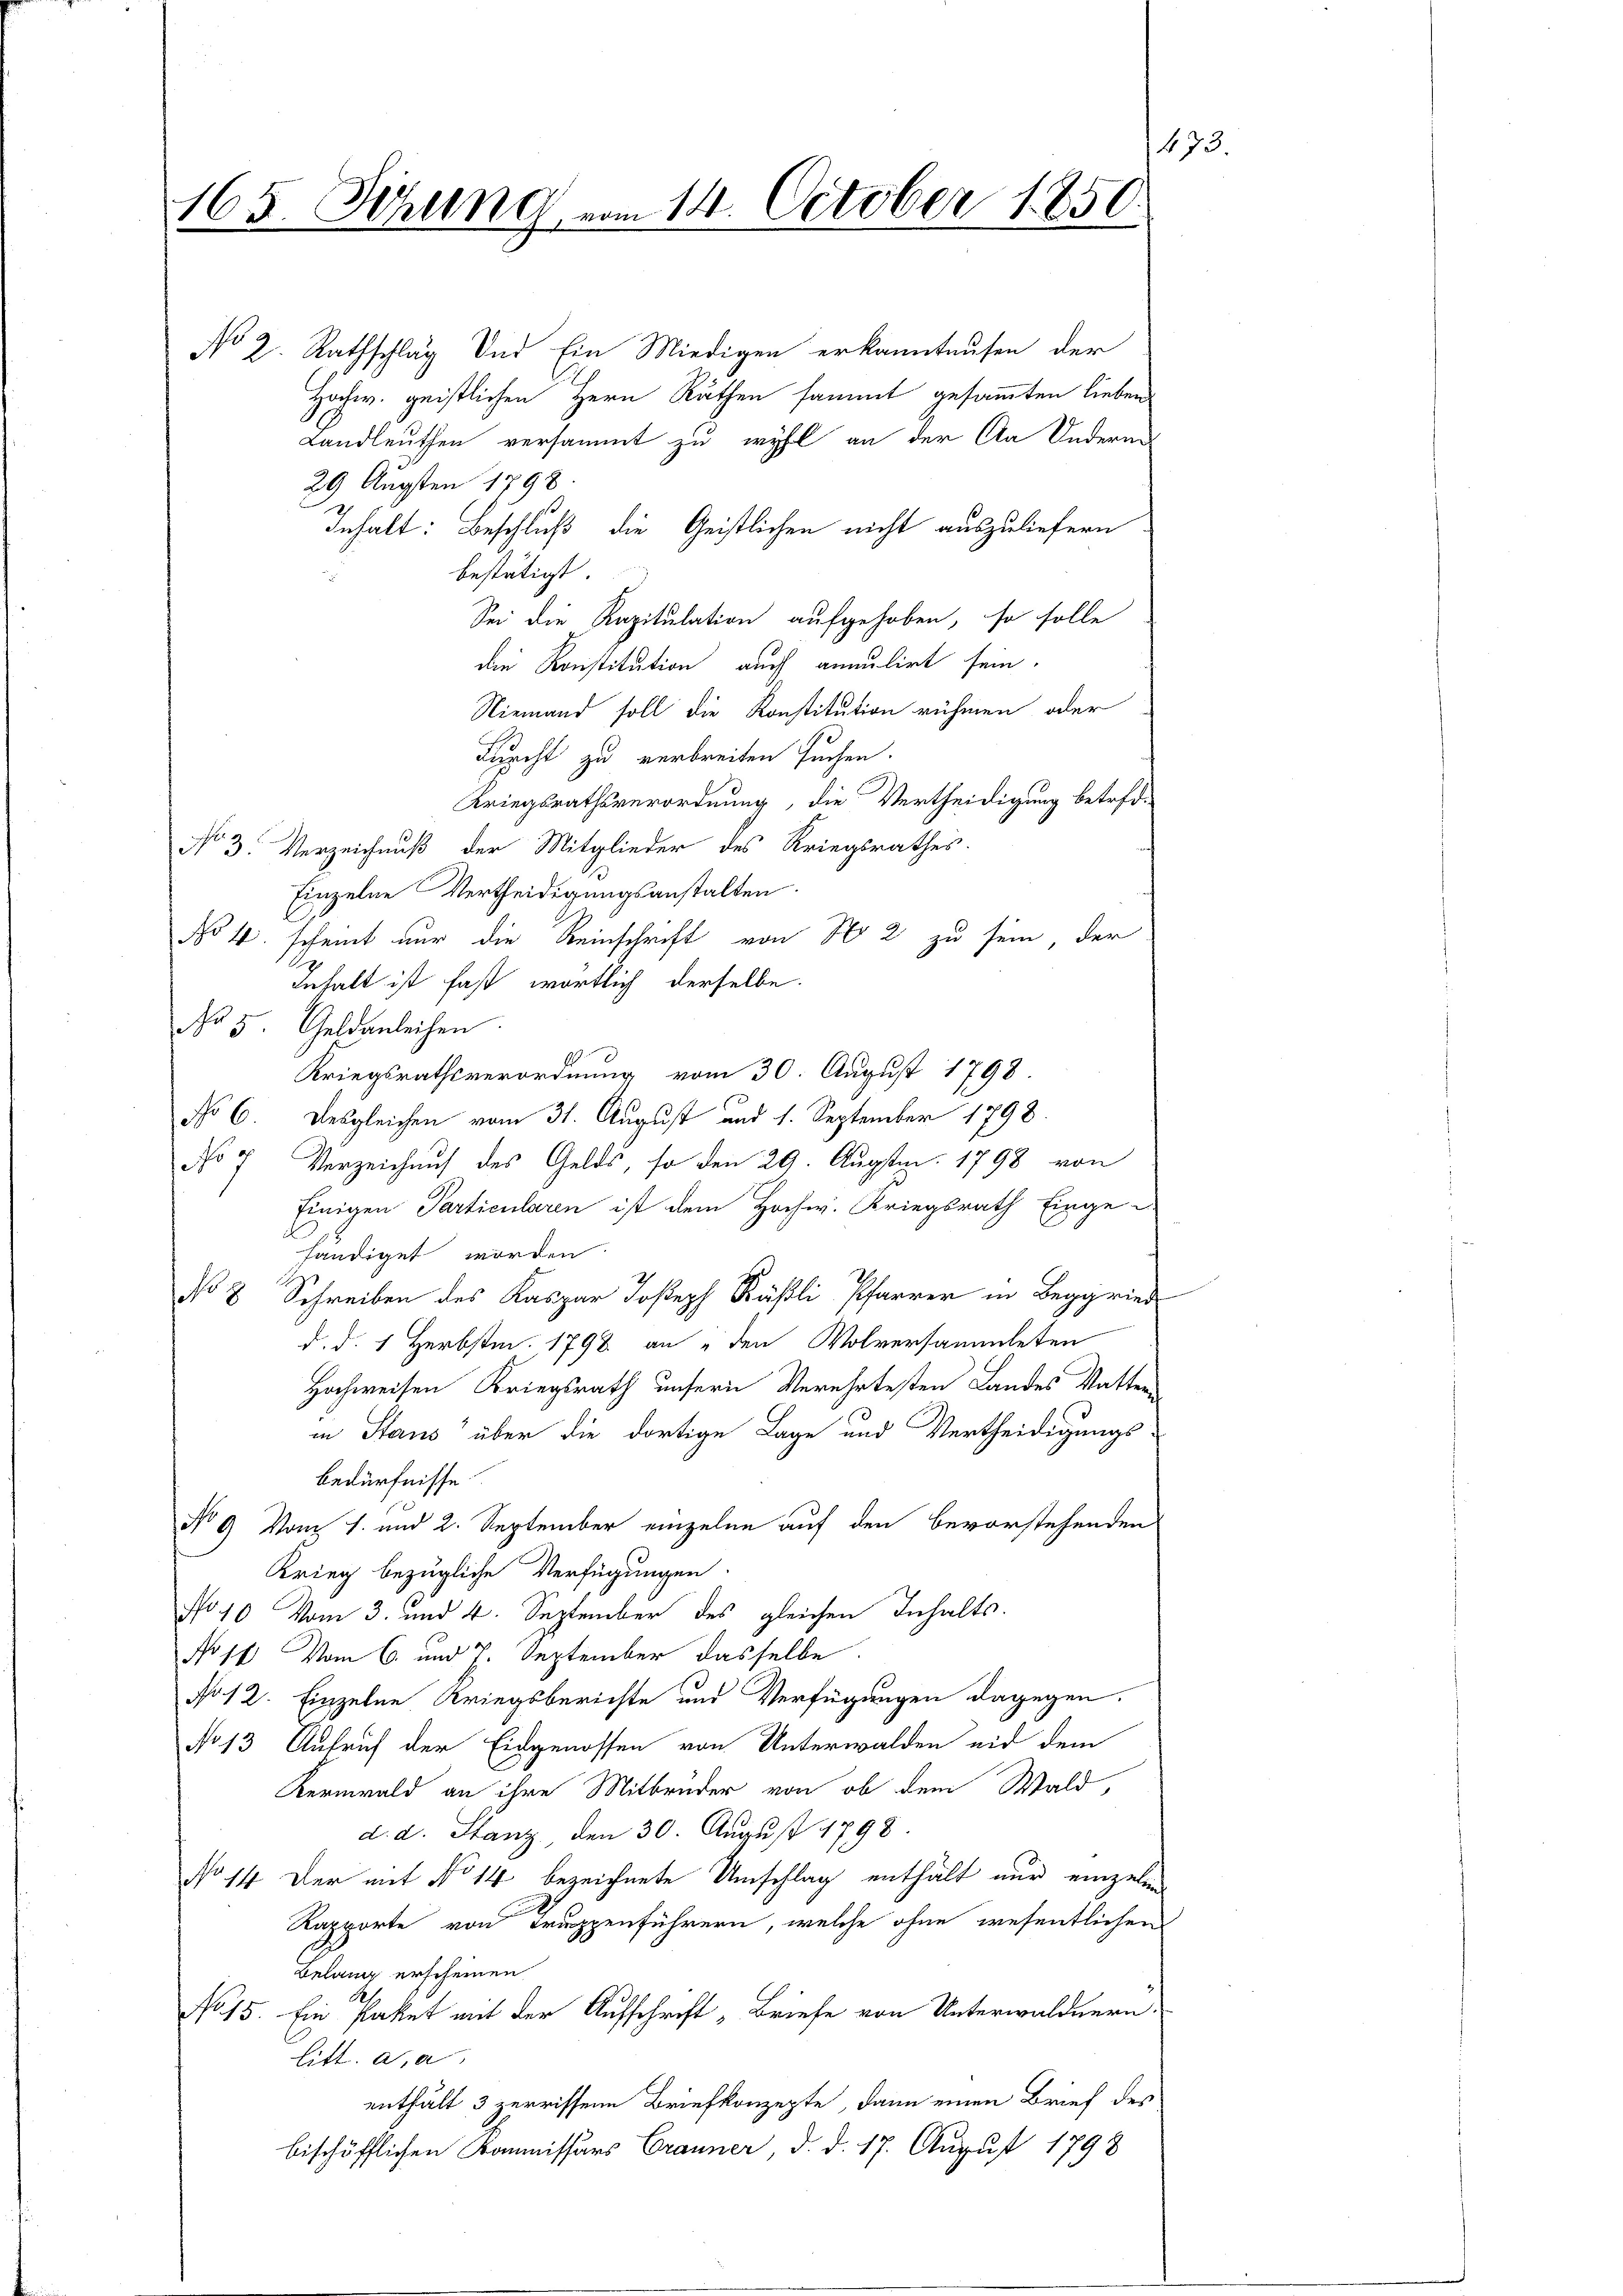
147.
165. Sitzung vom 14. October 1850

No 2. Rathschlag und Ein Miedigen erkanntausen der
Hochw. geistlichen Herr Räthen sammt gesammten lieben
Landleuthen versammt zu wohl an der Aa Inderen
29 Augsten 1798
Inhalt: Beschluß die Geistlichen nicht auszuliefern
bestätigt
Sei die Rapitulation aufgehoben, so solle
die Konstitution auch anmutirt sein.
Niemand soll die Konstitution rühmen oder
Fuacht zu verbreiten suchen.
Kriegsrathsverordnung, die Vertheidigung betref¬
No 3. Verzeichnuß der Mitglieder des Kriegsrathes.
Einzelne Vertheidigungsanstalten.
No 4. scheint nur die Reinschrift von No 2 zu sein, der
Inhalt ist fast wortlich derselbe.
No 5. Geldanleihen
Kriegsrathsverordnung vom 30. August 1798.
No 6. Desgleichen vom 31. August und 1. September 1798.
No 7 Verzeichaus des Gelds, so den 29. Augstm. 1798 von
Einigen Particularen ist dem Hochw. Kriegsrath Einge-
händiget worden
No 8 Schreiben des Kaspar Joseph Käsli, Pfarrer in Beggried
d. d. 1 Herbstm. 1798. an den Volversammleten
Hochweisen Kriegsrath unsern Verehrtesten Landes Watter-
in Staus über die dortige Lage und Vertheidigungs-
bedürfnisse
No 9 Vom 1. und 2. September einzelne auf den bevorstehenden
Krieg bezügliche Verfügungen.
No 10. Vom 3. und 4. September des gleichen Inhalts-
No 17. Vom 6. und 7. September dasselbe
No 12. Einzelne Kriegsberichte und Verfügungen dagegen.
No 13 Aufruf der Eidgenossen von Unterwalden nid dem
Kermwald an ihre Mitbrüder von ob dem Wald,
d. d. Stanz, den 30. August 1798
No 14. Der mit No 14 bezeichnete Umschlag enthält nur einzelin
Rapporte von Truppenführern, welche ohne wesentlichen
Belang erscheinen.
No 15. Ein Paket mit der Aufschrift „Briefe von Unterwaldnern.
litt. a. a
enthält 3 zerrissen Briefkonzepte, dann einen Brief des
bischöfflichen Kommissärs Cranner, d. d. 17. August 1798